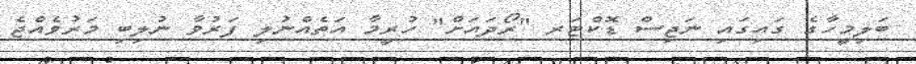
ބަލިމީހާގެ ގައިގައި ނަޖިސް ޑޮކްޓަރ "ރޯދައަށް" ހުރީމާ އަތެއްނުލި ފަރުވާ ނުލިބި މަރުވެއްޖެ